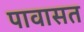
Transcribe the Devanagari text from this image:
पावासत